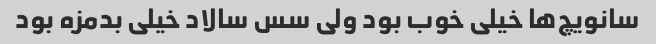
سانویچ‌ها خیلی خوب بود ولی سس سالاد خیلی بدمزه بود